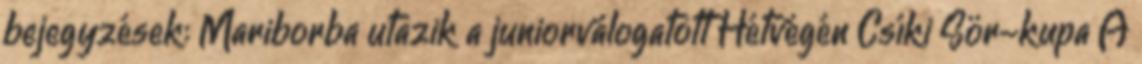
bejegyzések: Mariborba utazik a juniorválogatott Hétvégén Csíki Sör-kupa A